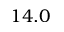
1 4 . 0